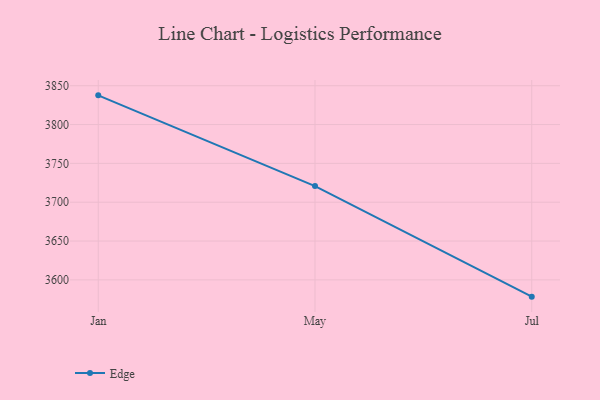
{"axis": {"x": "Month", "y": "Revenue (USD Million)"}, "legend": ["Edge"], "data": [{"x": "Jan", "y": 3837.6, "type": "Edge"}, {"x": "May", "y": 3720.8, "type": "Edge"}, {"x": "Jul", "y": 3578.4, "type": "Edge"}]}